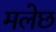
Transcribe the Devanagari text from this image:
मलेछ